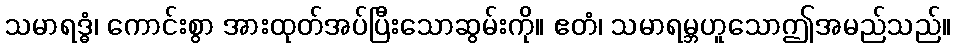
သမာရဒ္ဓံ၊ ကောင်းစွာ အားထုတ်အပ်ပြီးသောဆွမ်းကို။ ဧတံ၊ သမာရမ္ဘဟူသောဤအမည်သည်။